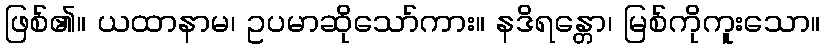
ဖြစ်၏။ ယထာနာမ၊ ဥပမာဆိုသော်ကား။ နဒိရန္တော၊ မြစ်ကိုကူးသော။